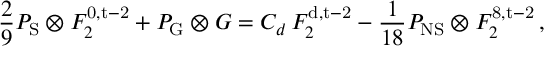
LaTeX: \frac { 2 } { 9 } P _ { \mathrm { S } } \otimes F _ { 2 } ^ { \mathrm { 0 , t - 2 } } + P _ { \mathrm { G } } \otimes G = C _ { d } \, F _ { 2 } ^ { \mathrm { d , t - 2 } } - \frac { 1 } { 1 8 } P _ { \mathrm { N S } } \otimes F _ { 2 } ^ { \mathrm { 8 , t - 2 } } \, ,